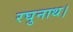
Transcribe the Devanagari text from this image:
रघुनाथ।